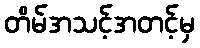
တိမ်အသင့်အတင့်မှ